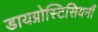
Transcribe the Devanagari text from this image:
डायग्नोस्टिसियनौं